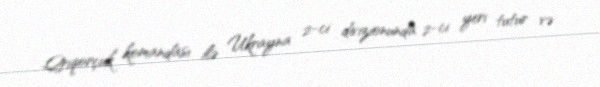
Qriqorçuk komandası ilə Ukrayna 2-ci divizionunda 2-ci yeri tutur və